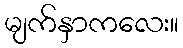
မျက်နှာကလေး။